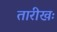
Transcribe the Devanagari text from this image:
तारीखः